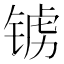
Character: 𫓺